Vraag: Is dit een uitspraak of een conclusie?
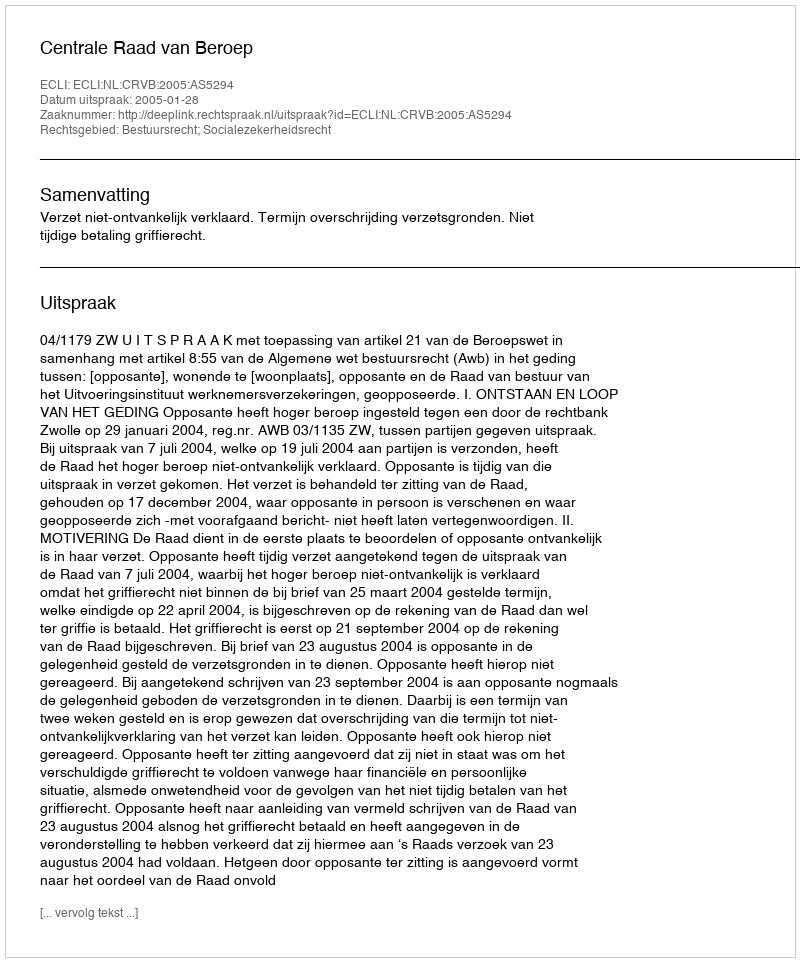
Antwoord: Uitspraak